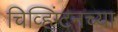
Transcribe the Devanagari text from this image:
चिव्हिंग्टनच्या